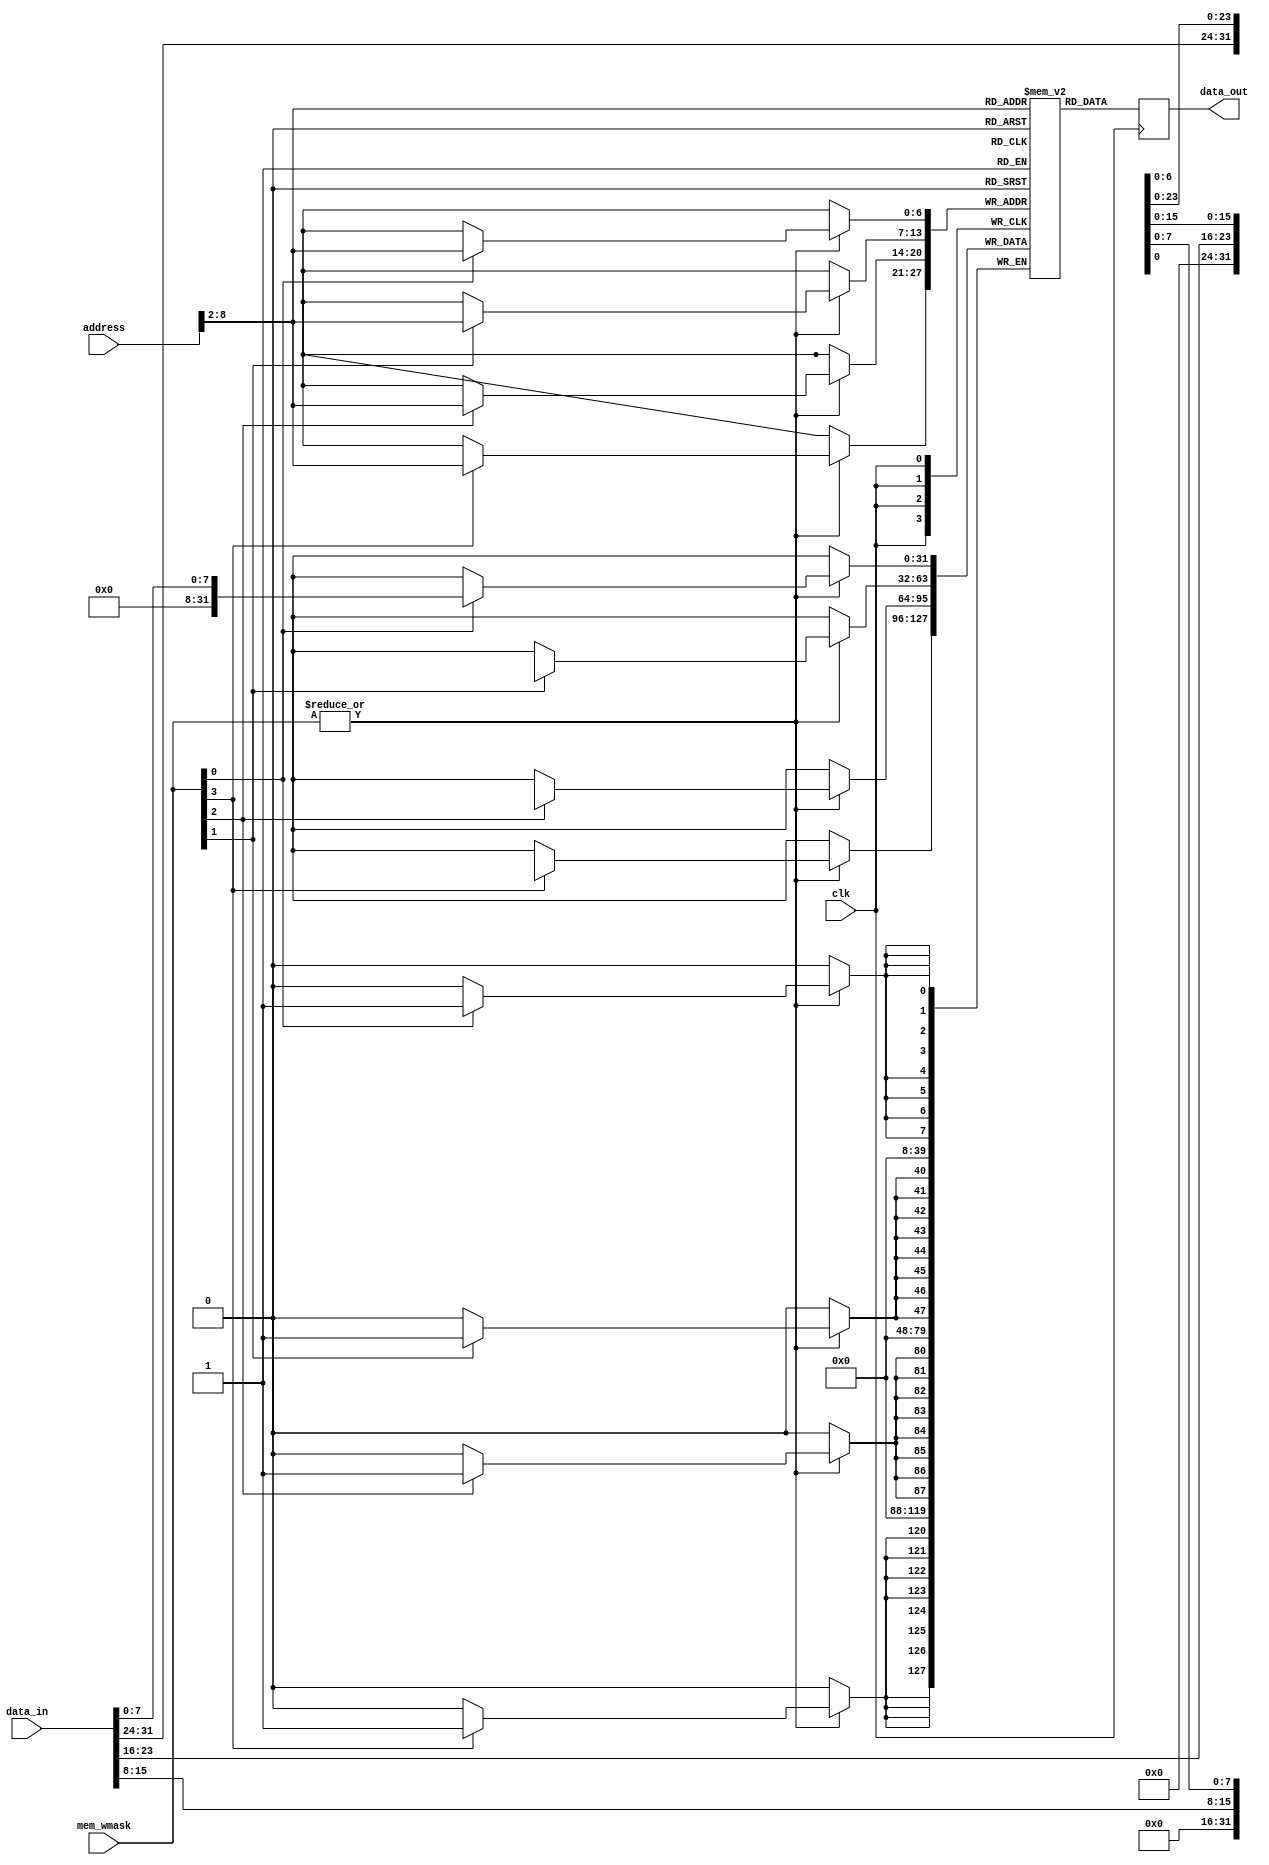
module ram #(
    parameter N = 7
) 
(
    input clk,
    input   [3:0]mem_wmask,
    input   [31:0]address, 
    input   [31:0]data_in,
    output  reg [31:0]data_out
);

// 1024*32 bits = 1024*4 bytes = 4 Kb 
reg [31:0]mem[0 : 2**N - 1];

//memory reads addresses aligned on 4
wire [29:0]word_addr = address[31:2];
wire wr_en;
assign wr_en = (|mem_wmask);
always @(posedge clk) begin
    if(wr_en) begin
        if(mem_wmask[0]) mem[word_addr][ 7:0 ] <= data_in[ 7:0 ];
        if(mem_wmask[1]) mem[word_addr][15:8 ] <= data_in[15:8 ];
        if(mem_wmask[2]) mem[word_addr][23:16] <= data_in[23:16];
        if(mem_wmask[3]) mem[word_addr][31:24] <= data_in[31:24];
    end;
    data_out <= mem[word_addr];
end

endmodule